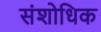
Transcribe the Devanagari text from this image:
संशोधिक